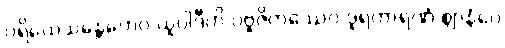
ပရိယေသန္တေဟေဝ ယူပါဒီဟိ ပဗ္ဗဇိတဿေဝ ဒူရကာရဏံ ဈာနံပေ